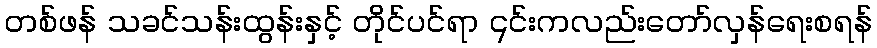
တစ်ဖန် သခင်သန်းထွန်းနှင့် တိုင်ပင်ရာ ၎င်းကလည်းတော်လှန်ရေးစရန်